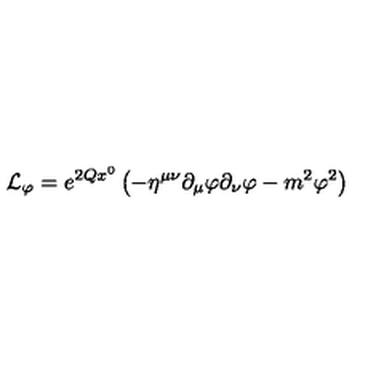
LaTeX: { \cal L } _ { \varphi } = e ^ { 2 Q x ^ { 0 } } \left( - \eta ^ { \mu \nu } \partial _ { \mu } \varphi \partial _ { \nu } \varphi - m ^ { 2 } \varphi ^ { 2 } \right)